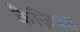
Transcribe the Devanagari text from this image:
कैज़ियस